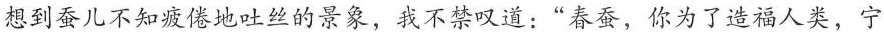
想到蚕儿不知疲倦地吐丝的景象，我不禁叹道：”春蚕，你为了造福人类，宁